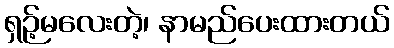
ရှဉ့်မလေးတဲ့၊ နာမည်ပေးထားတယ်